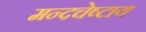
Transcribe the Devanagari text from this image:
मन्दचेष्टाय